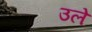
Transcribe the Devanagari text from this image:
उले